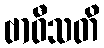
ဗာဝီသတိ